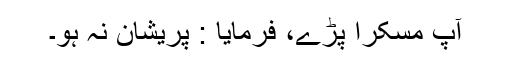
آپ مسکرا پڑے، فرمایا : پریشان نہ ہو۔